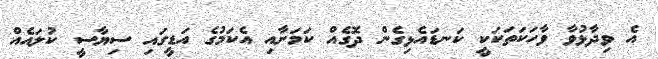
އެ ވިދާޅުވާ ވާހަކަތަކަކީ ކަނޑައެޅިގެން ދޮގެއް ކަމަށާއި އެކަމުގެ އަޑީގައި ސިޔާސީ ކުލައެއް